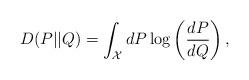
LaTeX: \begin{align*}D(P||Q)=\int_\mathcal{X} dP\log\left(\frac{dP}{dQ}\right),\end{align*}